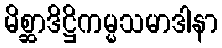
မိစ္ဆာဒိဋ္ဌိကမ္မသမာဒါနာ